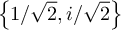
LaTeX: \left\{ 1 / { \sqrt { 2 } } , i / { \sqrt { 2 } } \right\}